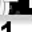
Digit: 1